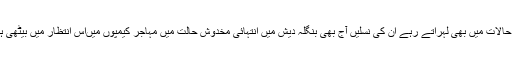
یہ غیر بنگالی جو اپنے آپ کو پاکستانی کہتے رہے اور پاکستان کا جھنڈا ان حالات میں بھی لہراتے رہے ان کی نسلیں آج بھی بنگلہ دیش میں انتہائی مخدوش حالت میں مہاجر کیمپوں میںاس انتظار میں بیٹھی ہیں کہ شاید پاکستان انہیں اس ملک کی شہریت دے جس کے وہ شہری تھے ۔